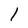
Character: 1